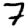
Digit: 7